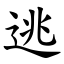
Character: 逃